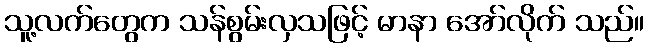
သူ့လက်တွေက သန်စွမ်းလှသဖြင့် မာနာ အော်လိုက် သည်။